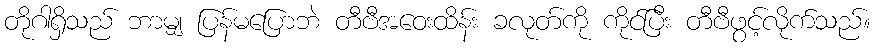
တိုဂါရှိသည် ဘာမျှ ပြန်မပြောဘဲ တီဗီအဝေးထိန်း ခလုတ်ကို ကိုင်ပြီး တီဗီဖွင့်လိုက်သည်။